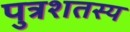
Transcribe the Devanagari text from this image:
पुत्रशतस्य